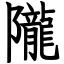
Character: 隴